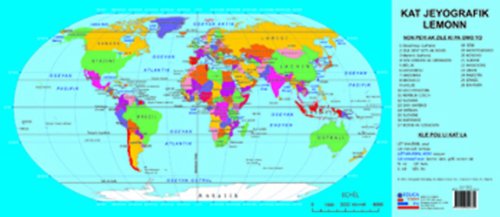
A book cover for Kat Jeyografik Lemonn / World Map in Haitian Creole (Creole Edition); Margaret Holladay; Travel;